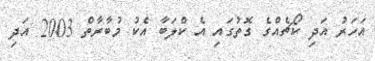
އަހަރު އަދި ކޯޗެއްގެ ގޮތުގައި އެ ކްލަބާ އެކު މުބާރާތް 2003 އަދި